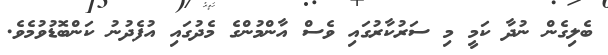
ބެލިގެން ނުދާ ކަމީ މި ސަރުކާރުގައި ވެސް އާންމުންގެ މެދުގައި އުފެދުނު ކަންބޮޑުވުމެވެ.